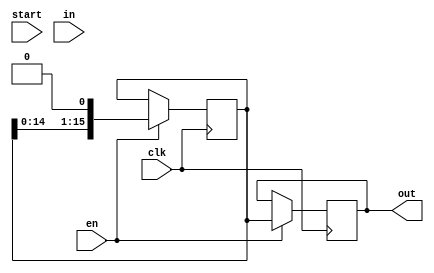
module SLR (input clk,start,en,input [7:0] in, output reg [15:0] out=0);
reg [15:0] store;

always @(posedge clk )begin

if (en) begin
if (start)store<=in;
out<=store;
store<={store[14:0],1'b0};
end
end

endmodule